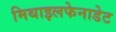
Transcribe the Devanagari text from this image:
मिथाइलफेनाडेट